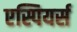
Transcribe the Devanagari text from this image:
एस्पियर्स